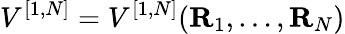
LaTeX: V^{[{1},{N}]}=V^{[{1},{N}]}({\mathbf R}_{1},\ldots,{\mathbf R}_{N})